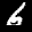
Label: 6